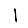
Digit: 1